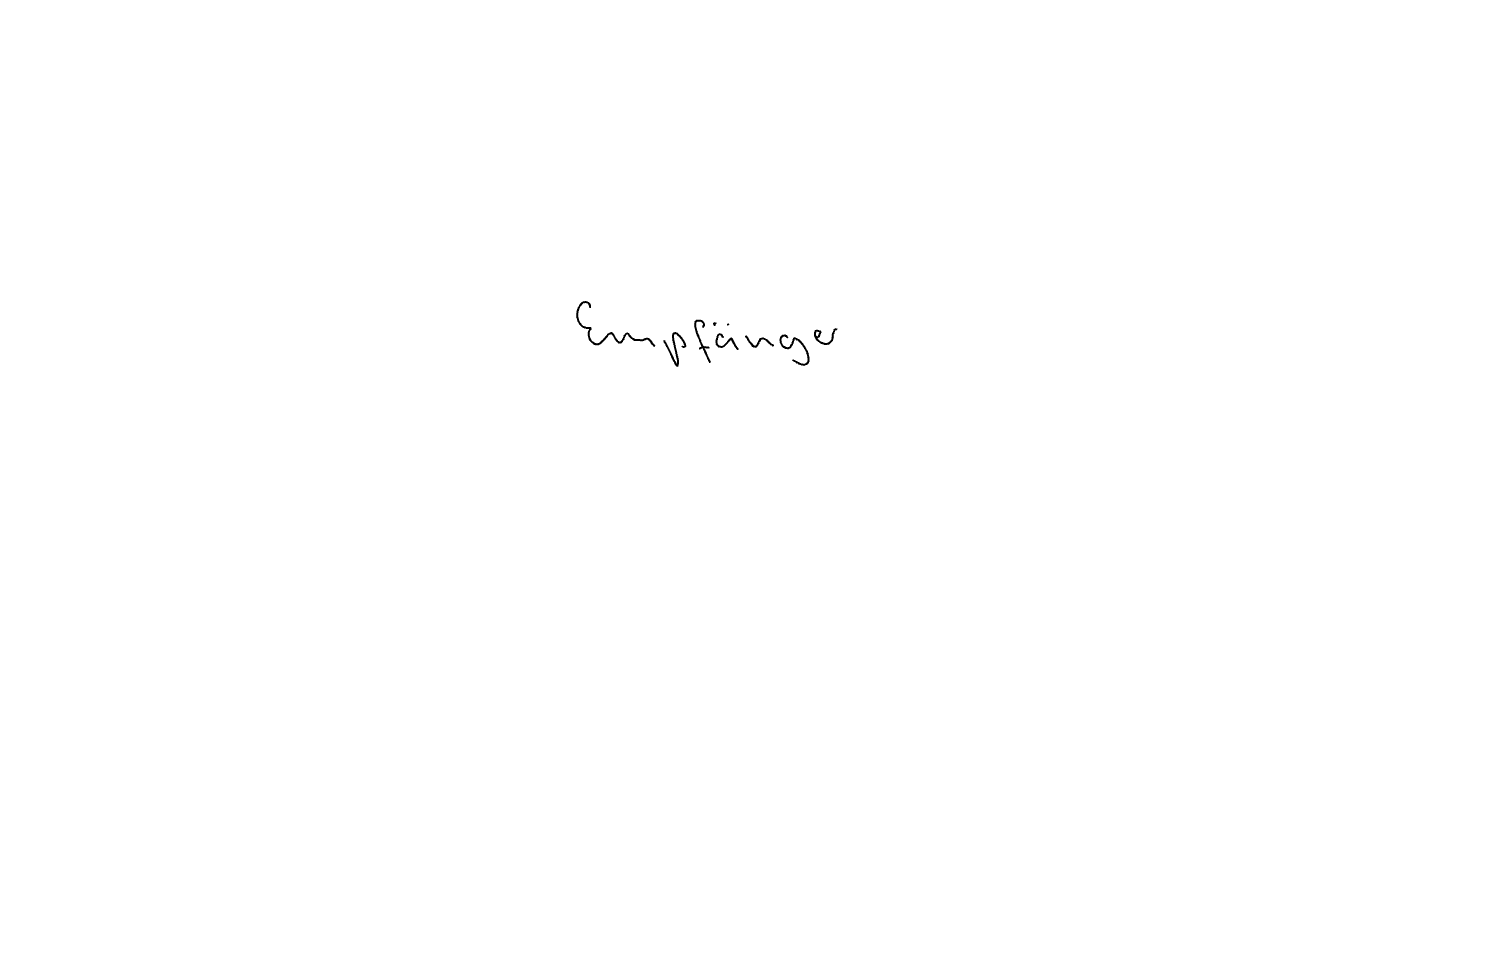
Text: Empfänger